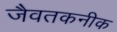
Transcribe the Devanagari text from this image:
जैवतकनीक